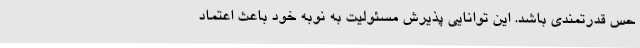
حس قدرتمندی باشد. این توانایی پذیرش مسئولیت به نوبه خود باعث اعتماد